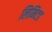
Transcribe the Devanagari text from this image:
लिमिटड